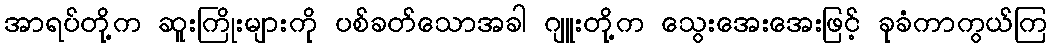
အာရပ်တို့က ဆူးကြိုးများကို ပစ်ခတ်သောအခါ ဂျူးတို့က သွေးအေးအေးဖြင့် ခုခံကာကွယ်ကြ